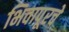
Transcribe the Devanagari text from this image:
भिवापूरचे